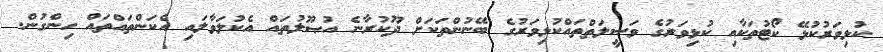
ކުޅިވަރުކުޅޭ ކޯޓުތަކާއި ކުޅިވަރުގެ ވަސީލަތްތައްކުޅިވަރުގެ ބޭނުންތަކަށް ދޫކުރާނެ އުޞޫލުތައް އެކުލަވާލައި އެކަންތައްތައް ހިންގުން.